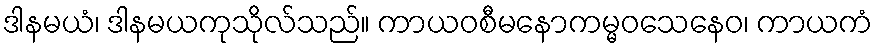
ဒါနမယံ၊ ဒါနမယကုသိုလ်သည်။ ကာယဝစီမနောကမ္မဝသေနေဝ၊ ကာယကံ